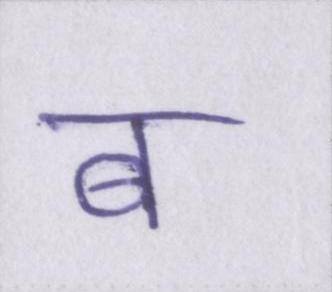
ब